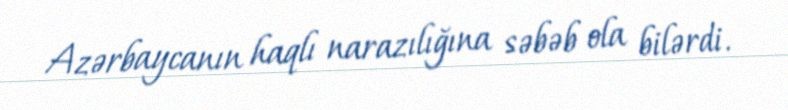
Azərbaycanın haqlı narazılığına səbəb ola bilərdi.